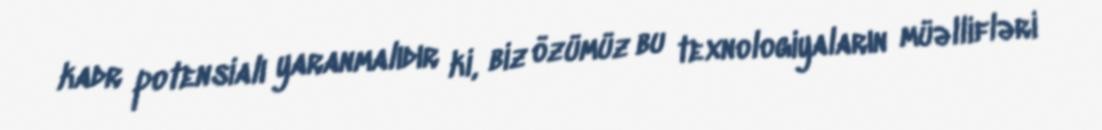
kadr potensialı yaranmalıdır ki, biz özümüz bu texnologiyaların müəllifləri